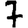
Digit: 7